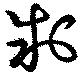
制